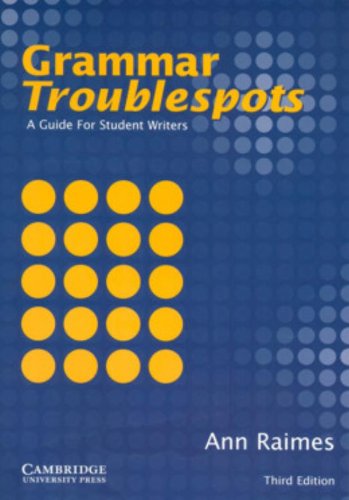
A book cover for Grammar Troublespots: A Guide for Student Writers; Ann Raimes; Politics & Social Sciences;